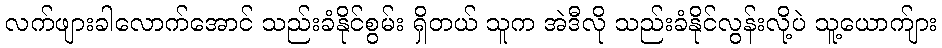
လက်ဖျားခါလောက်အောင် သည်းခံနိုင်စွမ်း ရှိတယ် သူက အဲဒီလို သည်းခံနိုင်လွန်းလို့ပဲ သူ့ယောက်ျား